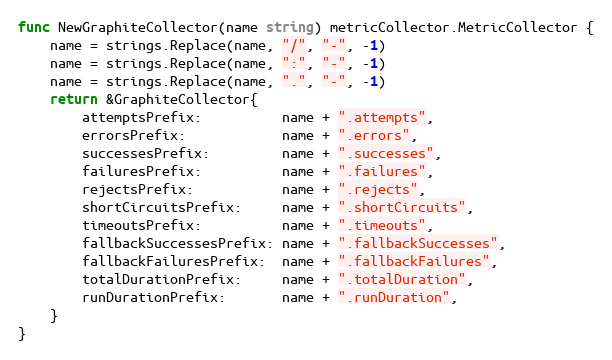
Language: Go
func NewGraphiteCollector(name string) metricCollector.MetricCollector {
	name = strings.Replace(name, "/", "-", -1)
	name = strings.Replace(name, ":", "-", -1)
	name = strings.Replace(name, ".", "-", -1)
	return &GraphiteCollector{
		attemptsPrefix:          name + ".attempts",
		errorsPrefix:            name + ".errors",
		successesPrefix:         name + ".successes",
		failuresPrefix:          name + ".failures",
		rejectsPrefix:           name + ".rejects",
		shortCircuitsPrefix:     name + ".shortCircuits",
		timeoutsPrefix:          name + ".timeouts",
		fallbackSuccessesPrefix: name + ".fallbackSuccesses",
		fallbackFailuresPrefix:  name + ".fallbackFailures",
		totalDurationPrefix:     name + ".totalDuration",
		runDurationPrefix:       name + ".runDuration",
	}
}